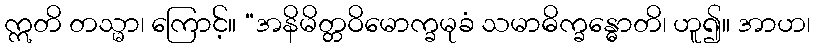
ဣတိ တသ္မာ၊ ကြောင့်။ “အနိမိတ္တဝိမောက္ခမုခံ သမာဓိက္ခန္ဓောတိ၊ ဟူ၍။ အာဟ၊